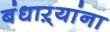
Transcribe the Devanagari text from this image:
बंधाऱ्यांना